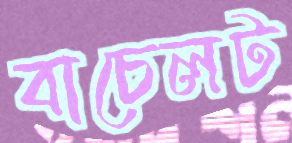
বাচেলট